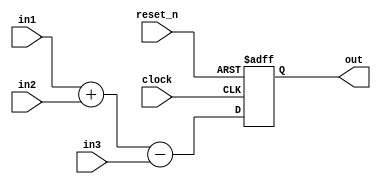
module AddSubtract(
    input wire [num_bits_1-1:0] in1,
    input wire [num_bits_2-1:0] in2,
	 input wire [num_bits_2-1:0] in3,
	 input wire clock,
	 input wire reset_n,
    output reg [num_bits_1-1:0] out
	 );
	 
	initial
	begin
		out = 0;
	end
	 
	parameter num_bits_1=16;
	parameter num_bits_2=12;
	 
	always @(posedge clock or negedge reset_n)
	begin: add
		if(~reset_n)
			out = 0;
		else
			out = in1+in2-in3;
	end
endmodule